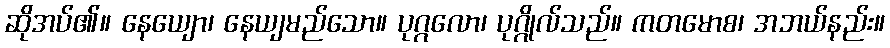
ဆိုအပ်၏။ နေယျော၊ နေယျမည်သော။ ပုဂ္ဂလော၊ ပုဂ္ဂိုလ်သည်။ ကတမောစ၊ အဘယ်နည်း။